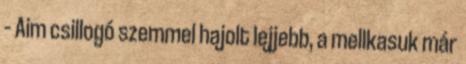
– Aim csillogó szemmel hajolt lejjebb, a mellkasuk már